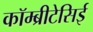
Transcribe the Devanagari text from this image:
कॉम्ब्रीटेसिई